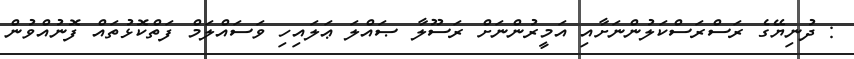
: ދުނިޔޭގެ ރަސްރަސްކަލުންނަށާއި އަމީރުންނަށް ރަސޫލާ ޞައްލަ ޢަލައިހި ވަސައްލަމް ފަތްކޮޅުތައް ފޮނުއްވުން